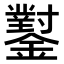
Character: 𨮝